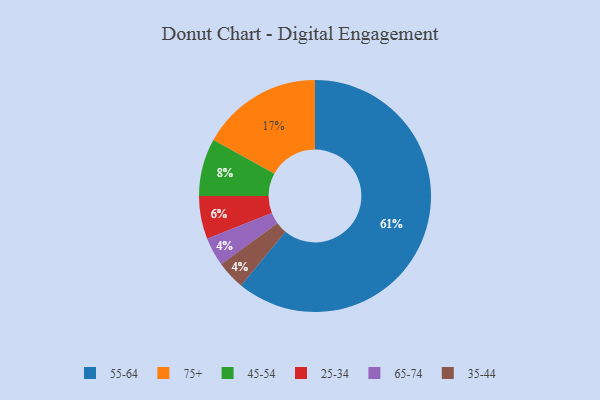
{"axis": {"x": "Category", "y": "Percentage"}, "legend": ["25-34", "35-44", "45-54", "55-64", "65-74", "75+"], "data": [{"x": "65-74", "y": 4, "type": "65-74"}, {"x": "25-34", "y": 6, "type": "25-34"}, {"x": "45-54", "y": 8, "type": "45-54"}, {"x": "35-44", "y": 4, "type": "35-44"}, {"x": "75+", "y": 17, "type": "75+"}, {"x": "55-64", "y": 61, "type": "55-64"}]}